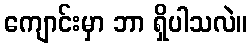
ကျောင်းမှာ ဘာ ရှိပါသလဲ။